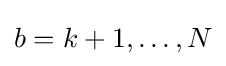
{\textstyle b=k+1,\ldots ,N}